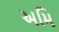
અમિ